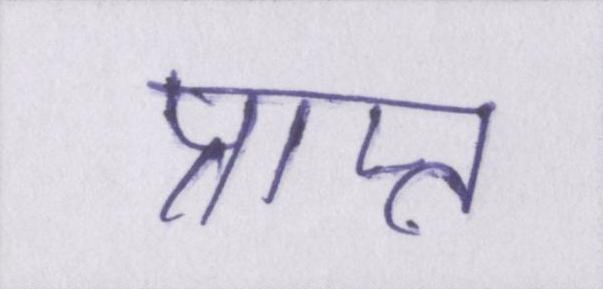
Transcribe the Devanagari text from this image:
प्राप्त